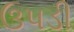
ઉપડી